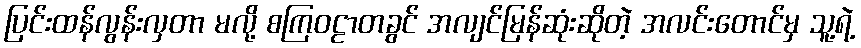
ပြင်းထန်လွန်းလှတာ မလို့ စကြဝဠာတခွင် အလျင်မြန်ဆုံးဆိုတဲ့ အလင်းတောင်မှ သူ့ရဲ့